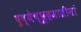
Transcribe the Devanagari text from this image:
दुष्येच्छूद्रजातीनां